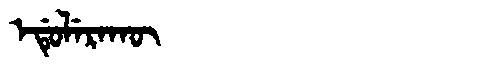
Manchu: ᡝᡩᡠᠯᡝᡵᠠᡴᡡ
Romanization: EDULERAKŪ